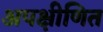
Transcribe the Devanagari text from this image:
अपक्षीणित